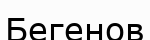
Бегенов